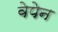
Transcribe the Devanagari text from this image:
वेपेन